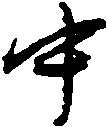
中